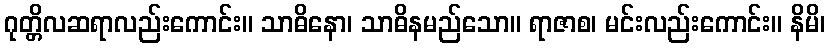
ဂုတ္တိလဆရာလည်းကောင်း။ သာဓိနော၊ သာဓိနမည်သော။ ရာဇာစ၊ မင်းလည်းကောင်း။ နိမိ၊